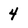
Character: 4